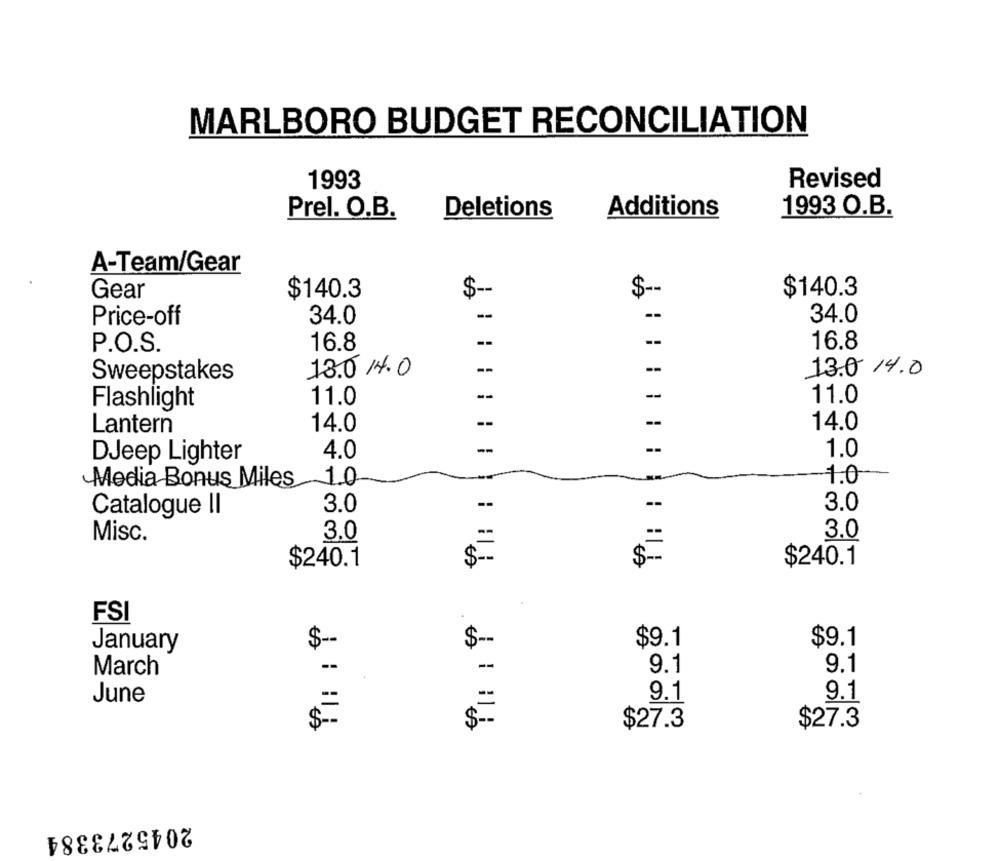
MARLBORO BUDGET RECONCILIATION
1993
Revised
Prel. O.B.
Deletions
Additions
1993 O.B.
A-Team/Gear
$ --
$-
$140.3
Gear
$140.3
34.0
--
--
34.0
Price-off
16.8
--
16.8
P.O.S.
13.0 14.0
--
13.0 14.0
Sweepstakes
--
-
Flashlight
11.0
11.0
Lantern
14.0
--
14.0
-
DJeep Lighter
4.0
--
1.0
Media Bonus Miles 1.0
1.0
3.0
--
--
3.0
Catalogue II
3.0
Misc.
3.0
--
$-
$240.1
$240.1
FSI
$ --
$9.1
$9.1
January
$-
March
-
9.1
9.1
June
9.1
9.1
$27.3
$27.3
$ --
2045273384